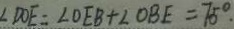
\angle D O E = \angle O E B + \angle O B E = 7 5 ^ { \circ } \cdot